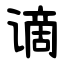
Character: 谪